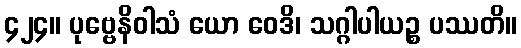
၄၂၄။ ပုဗ္ဗေနိဝါသံ ယော ဝေဒိ၊ သဂ္ဂါပါယဉ္စ ပဿတိ။